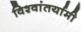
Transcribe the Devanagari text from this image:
विश्वांतर्यामी